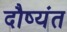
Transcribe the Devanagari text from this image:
दौष्यंत